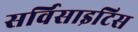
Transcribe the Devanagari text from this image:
सर्विसाइटिस